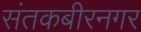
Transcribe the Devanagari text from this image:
संतकबीरनगर